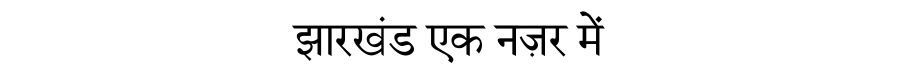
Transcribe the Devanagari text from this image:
झारखंड एक नज़र में